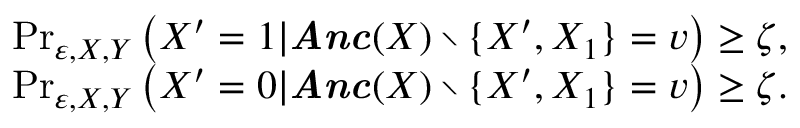
\begin{array} { r l } & { \operatorname* { P r } _ { \boldsymbol { \varepsilon } , \boldsymbol { X } , Y } \left( X ^ { \prime } = 1 | \boldsymbol { \it A n c } ( X ) \setminus \{ X ^ { \prime } , X _ { 1 } \} = \boldsymbol { v } \right) \geq \zeta , } \\ & { \operatorname* { P r } _ { \boldsymbol { \varepsilon } , \boldsymbol { X } , Y } \left( X ^ { \prime } = 0 | \boldsymbol { \it A n c } ( X ) \setminus \{ X ^ { \prime } , X _ { 1 } \} = \boldsymbol { v } \right) \geq \zeta . } \end{array}